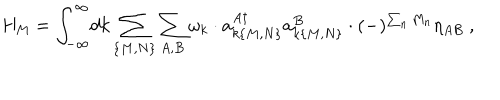
H _ { \mathrm { M } } = \int _ { - \infty } ^ { \infty } \! d k \sum _ { \{ M , N \} } \sum _ { A , B } \omega _ { k } \cdot a _ { k \{ M , N \} } ^ { A \dagger } a _ { k \{ M , N \} } ^ { B } \cdot ( - ) ^ { \sum _ { n } M _ { n } } \eta _ { A B } \ ,